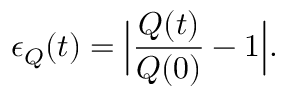
\epsilon _ { Q } ( t ) = \Big | \frac { Q ( t ) } { Q ( 0 ) } - 1 \Big | .